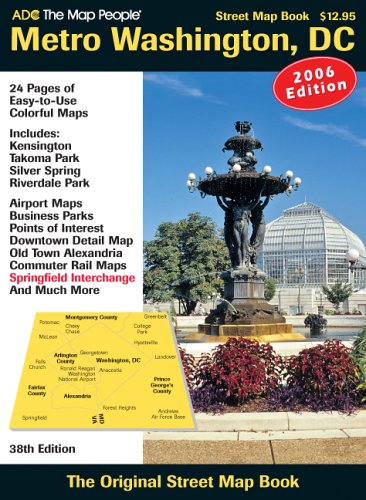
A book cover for ADC the Map People Washington D.C.: Street Map Book; Travel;